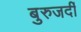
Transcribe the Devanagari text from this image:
बुरुजर्दी